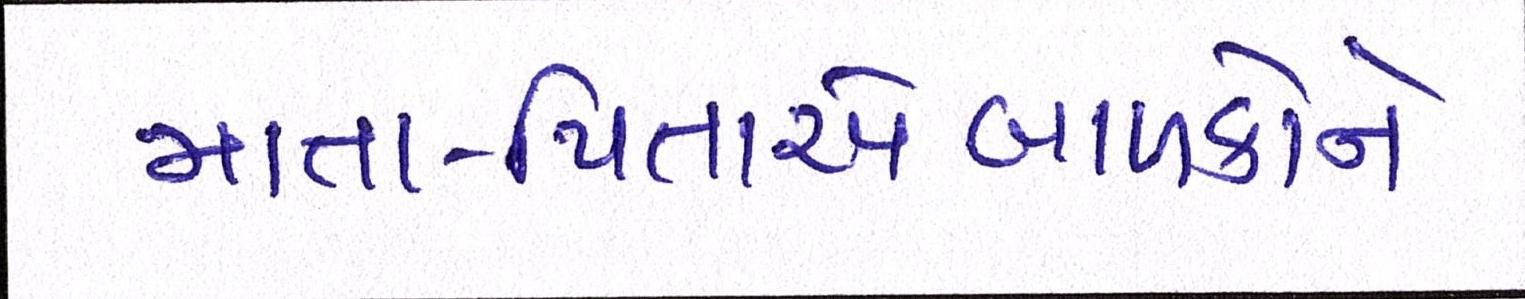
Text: માતા-પિતાએબાળકોને